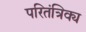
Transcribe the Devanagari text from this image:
परितंत्रिक्य